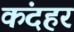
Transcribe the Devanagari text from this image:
कंदहर